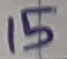
Text: 15